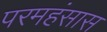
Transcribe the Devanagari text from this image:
परमहंसास